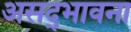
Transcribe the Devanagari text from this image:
असद्‍भावना